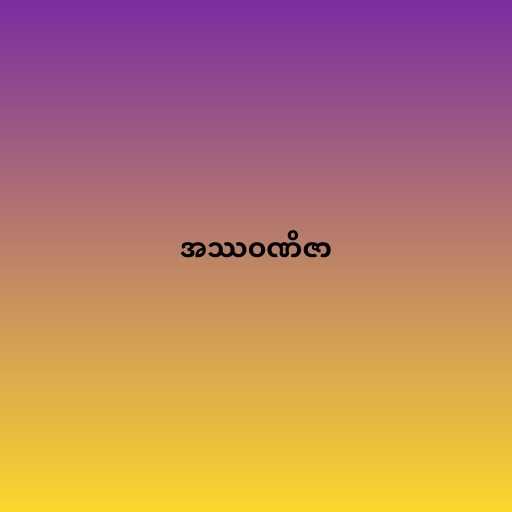
အဿဝဏိဇာ